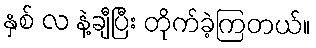
နှစ် လ နဲ့ချီပြီး တိုက်ခဲ့ကြတယ်။